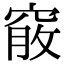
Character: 𥦵